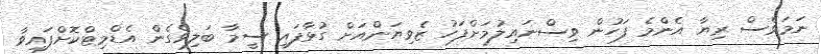
ނަމަވެސް ރިޔާ އެންމެ ފަހުން ވިސްނައިލުމަށްފަހު ޒެވިޔަންއަށް ގުޅާފައި ސީމާ ބަލިވެގެން އެޑްމިޓްކޮށްފައިވާ